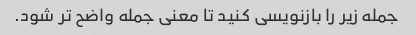
جمله زیر را بازنویسی کنید تا معنی جمله واضح تر شود.